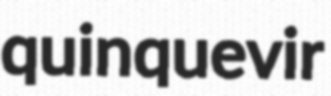
quinquevir